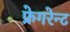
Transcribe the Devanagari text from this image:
फ्रेगरेन्ट